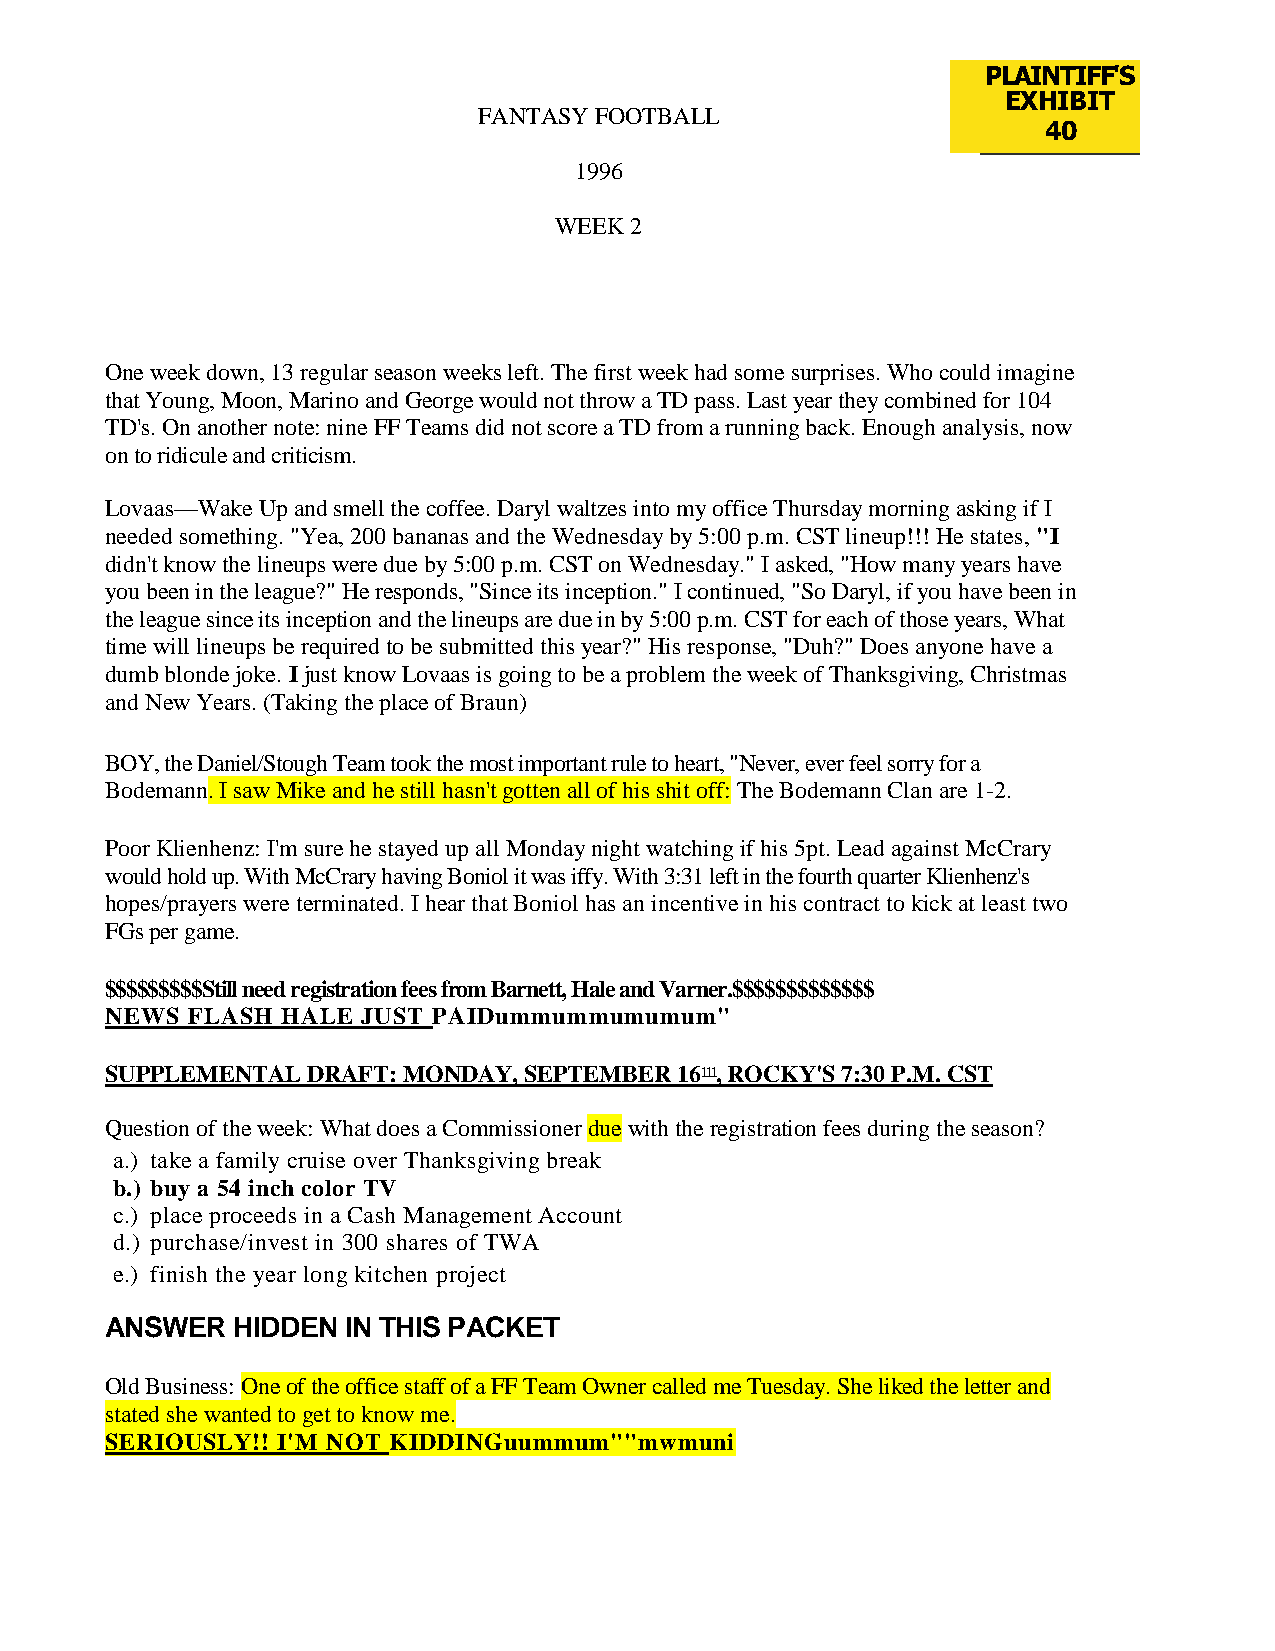
PLAINTIFF'S
 EXHIBIT
 FANTASY FOOTBALL
 40
 1996
 WEEK 2
 One week down, 13 regular season weeks left. The first week had some surprises. Who could imagine
 that Young, Moon, Marino and George would not throw a TD pass. Last year they combined for 104
 TD's. On another note: nine FF Teams did not score a TD from a running back. Enough analysis, now
 on to ridicule and criticism.
 Lovaas—Wake Up and smell the coffee. Daryl waltzes into my office Thursday morning asking if I
 needed something. "Yea, 200 bananas and the Wednesday by 5:00 p.m. CST lineup!!! He states, "I
 didn't know the lineups were due by 5:00 p.m. CST on Wednesday." I asked, "How many years have
 you been in the league?" He responds, "Since its inception." I continued, "So Daryl, if you have been in
 the league since its inception and the lineups are due in by 5:00 p.m. CST for each of those years, What
 time will lineups be required to be submitted this year?" His response, "Duh?" Does anyone have a
 dumb blonde joke. I just know Lovaas is going to be a problem the week of Thanksgiving, Christmas
 and New Years. (Taking the place of Braun)
 BOY, the Daniel/Stough Team took the most important rule to heart, "Never, ever feel sorry for a
 Bodemann. I saw Mike and he still hasn't gotten all of his shit off: The Bodemann Clan are 1-2.
 Poor Klienhenz: I'm sure he stayed up all Monday night watching if his 5pt. Lead against McCrary
 would hold up. With McCrary having Boniol it was iffy. With 3:31 left in the fourth quarter Klienhenz's
 hopes/prayers were terminated. I hear that Boniol has an incentive in his contract to kick at least two
 FGs per game.
 $$$$$$$$$Still need registration fees from Barnett, Hale and Varner.$$$$$$$$$$$$$
 NEWS FLASH  HALE JUST PAIDummummumumum"
 SUPPLEMENTAL DRAFT: MONDAY, SEPTEMBER 16111, ROCKY'S 7:30 P.M. CST
 Question of the week: What does a Commissioner due with the registration fees during the season?
 a.) take a family cruise over Thanksgiving break
 b.) buy a 54 inch color TV
 c.) place proceeds in a Cash Management Account
 d.) purchase/invest in 300 shares of TWA
 e.) finish the year long kitchen project
 ANSWER  HIDDEN  IN THIS PACKET
 Old Business: One of the office staff of a FF Team Owner called me Tuesday. She liked the letter and
 stated she wanted to get to know me.
 SERIOUSLY!! I'M NOT KIDDINGuummum""mwmuni